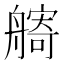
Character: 𦪌